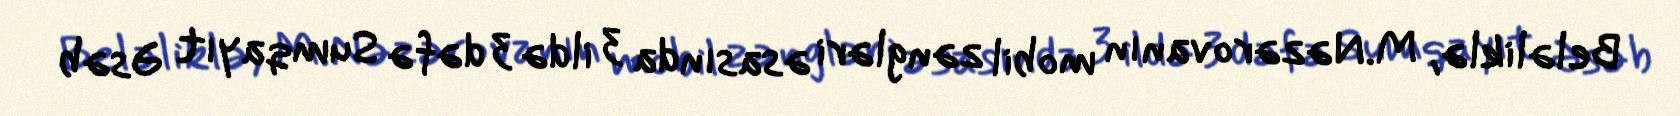
Beləliklə, M.Nəzərovanın mobil zəngləri əsasında 3 ildə 3 dəfə Sumqayıt Əsəb